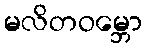
မလိတဝမ္ဘော